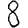
Digit: 8